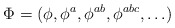
\begin{align*}\Phi = ( \phi, \phi^a, \phi^{ab}, \phi^{abc}, \ldots )\end{align*}